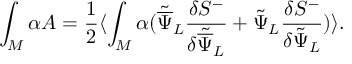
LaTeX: \int _ { M } \alpha A = { \frac { 1 } { 2 } } \langle \int _ { M } \alpha ( { \tilde { \overline { { \Psi } } } } _ { L } { \frac { \delta { S } ^ { - } } { \delta { \tilde { \overline { { \Psi } } } } _ { L } } } + { \tilde { \Psi } } _ { L } { \frac { \delta { S } ^ { - } } { \delta { \tilde { \Psi } } _ { L } } } ) \rangle .